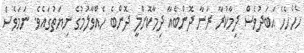
ހެހެހެހެ އަބަދުވެސް ދިމާކުރާ ރަނާ ދޮންބެއާ ދިމާކޮށްލީ ދޮންބެ ހެއްވާލުމުގެ ނިޔަތުގައެވެ. ނަމަވެސް